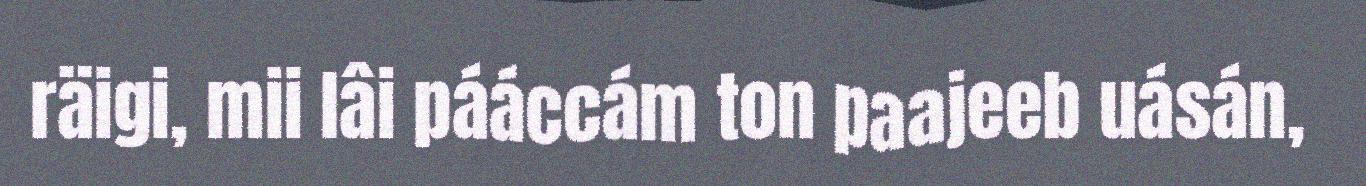
räigi, mii lâi pááccám ton paajeeb uásán,